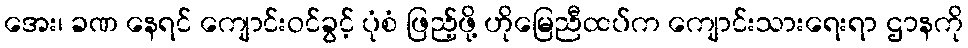
အေး၊ ခဏ နေရင် ကျောင်းဝင်ခွင့် ပုံစံ ဖြည့်ဖို့ ဟိုမြေညီထပ်က ကျောင်းသားရေးရာ ဌာနကို